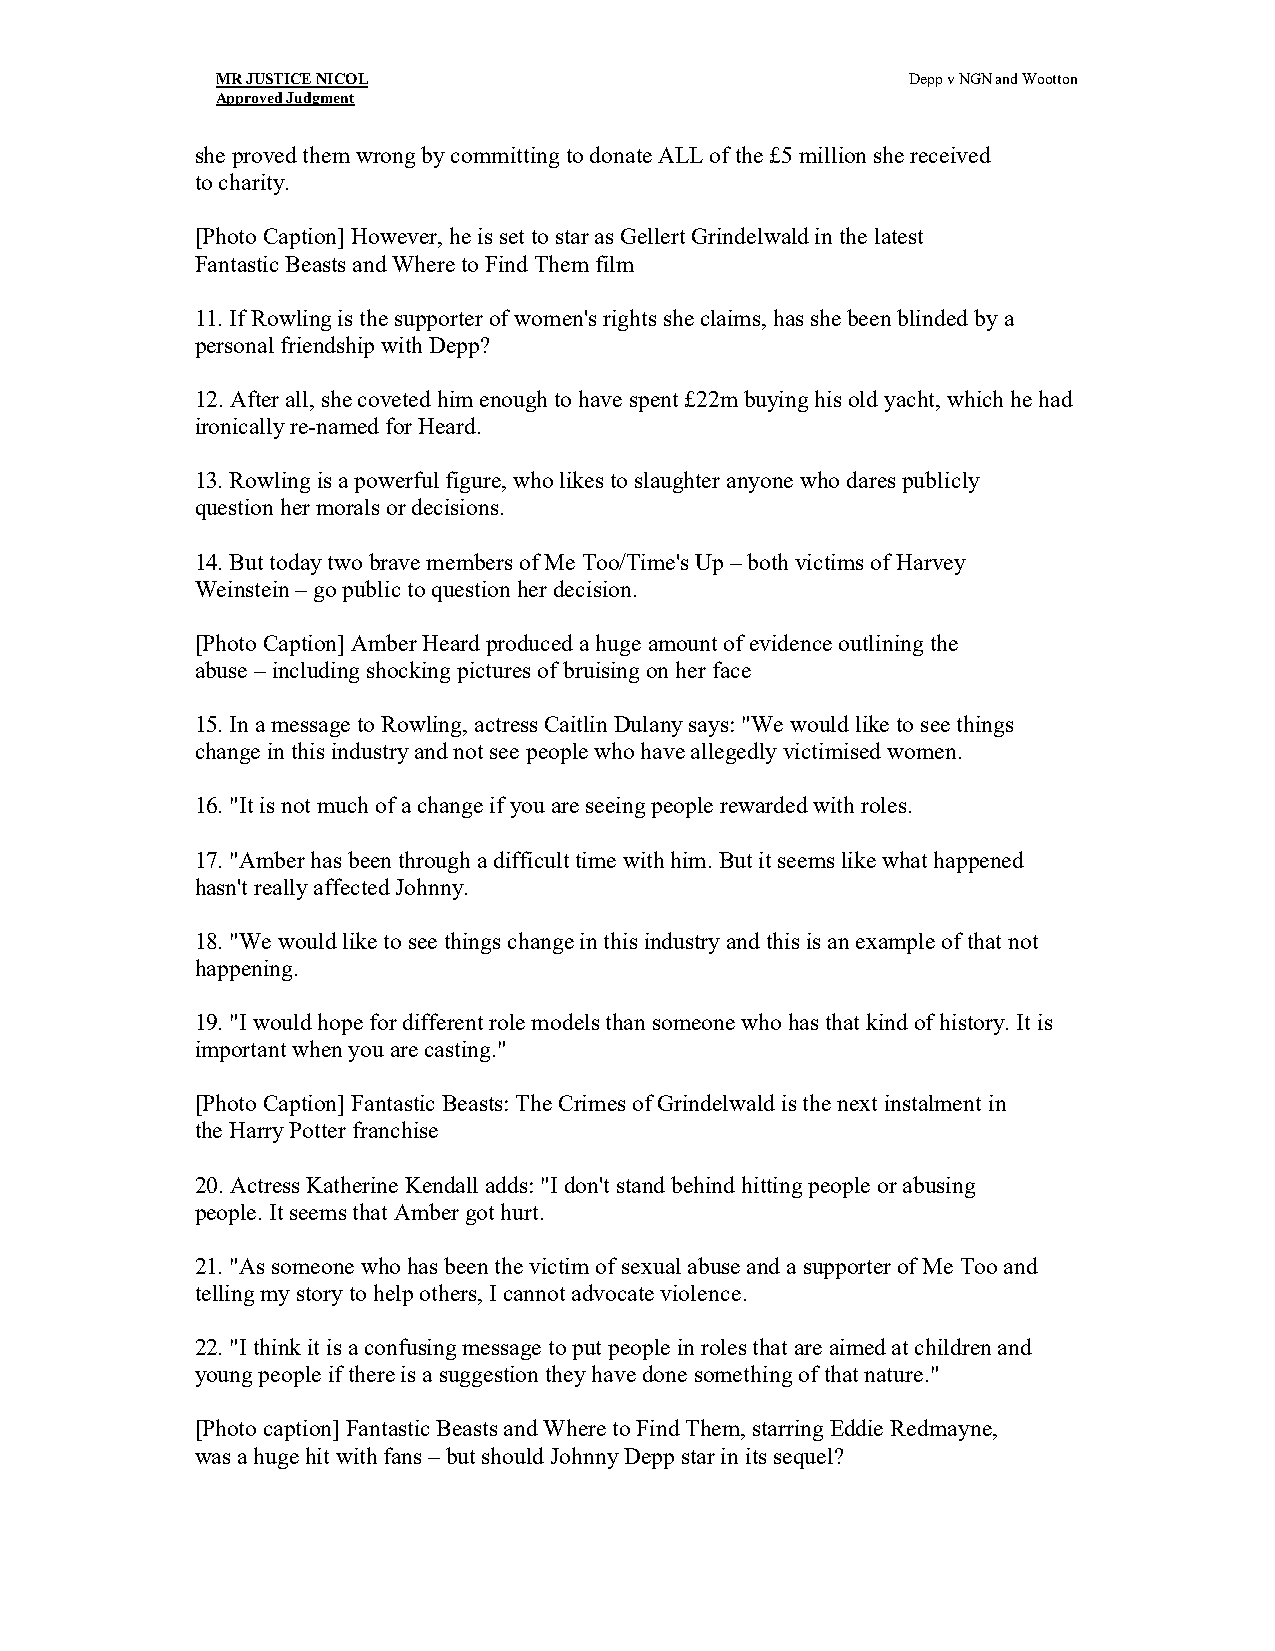
MR JUSTICE NICOL                              Depp v NGN and Wootton
 Approved Judgment
 she proved them wrong by committing to donate ALL of the £5 million she received
 to charity.
 [Photo Caption] However, he is set to star as Gellert Grindelwald in the latest
 Fantastic Beasts and Where to Find Them film
 11. If Rowling is the supporter of women's rights she claims, has she been blinded by a
 personal friendship with Depp?
 12. After all, she coveted him enough to have spent £22m buying his old yacht, which he had
 ironically re-named for Heard.
 13. Rowling is a powerful figure, who likes to slaughter anyone who dares publicly
 question her morals or decisions.
 14. But today two brave members of Me Too/Time's Up – both victims of Harvey
 Weinstein – go public to question her decision.
 [Photo Caption] Amber Heard produced a huge amount of evidence outlining the
 abuse – including shocking pictures of bruising on her face
 15. In a message to Rowling, actress Caitlin Dulany says: "We would like to see things
 change in this industry and not see people who have allegedly victimised women.
 16. "It is not much of a change if you are seeing people rewarded with roles.
 17. "Amber has been through a difficult time with him. But it seems like what happened
 hasn't really affected Johnny.
 18. "We would like to see things change in this industry and this is an example of that not
 happening.
 19. "I would hope for different role models than someone who has that kind of history. It is
 important when you are casting."
 [Photo Caption] Fantastic Beasts: The Crimes of Grindelwald is the next instalment in
 the Harry Potter franchise
 20. Actress Katherine Kendall adds: "I don't stand behind hitting people or abusing
 people. It seems that Amber got hurt.
 21. "As someone who has been the victim of sexual abuse and a supporter of Me Too and
 telling my story to help others, I cannot advocate violence.
 22. "I think it is a confusing message to put people in roles that are aimed at children and
 young people if there is a suggestion they have done something of that nature."
 [Photo caption] Fantastic Beasts and Where to Find Them, starring Eddie Redmayne,
 was a huge hit with fans – but should Johnny Depp star in its sequel?